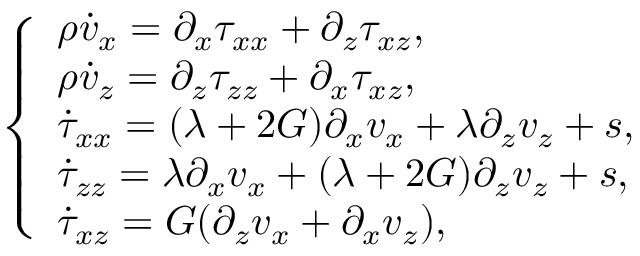
\left\{ \begin{array} { l l } { \rho \dot { v } _ { x } = \partial _ { x } \tau _ { x x } + \partial _ { z } \tau _ { x z } , } \\ { \rho \dot { v } _ { z } = \partial _ { z } \tau _ { z z } + \partial _ { x } \tau _ { x z } , } \\ { \dot { \tau } _ { x x } = ( \lambda + 2 G ) \partial _ { x } v _ { x } + \lambda \partial _ { z } v _ { z } + s , } \\ { \dot { \tau } _ { z z } = \lambda \partial _ { x } v _ { x } + ( \lambda + 2 G ) \partial _ { z } v _ { z } + s , } \\ { \dot { \tau } _ { x z } = G ( \partial _ { z } v _ { x } + \partial _ { x } v _ { z } ) , } \end{array} \right.